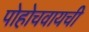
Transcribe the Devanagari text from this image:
पोहोचवायची